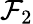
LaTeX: {\cal F}_{2}